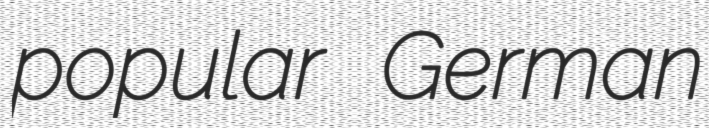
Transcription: popular German